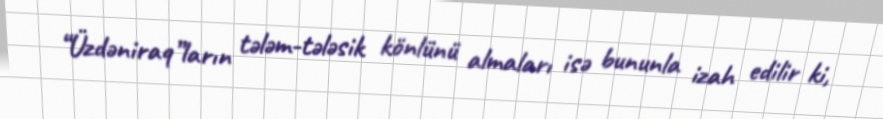
“Üzdəniraq”ların tələm-tələsik könlünü almaları isə bununla izah edilir ki,